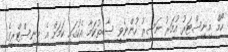
ހޯމް މިނިސްޓަރު އުމަރު ނަސީރު ހުންނެވީ ސާބިތުކަމާ އެކުގައި ކަމަށް އެ މިނިސްޓްރީގެ